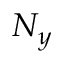
N _ { y }